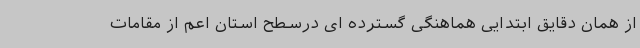
از همان دقایق ابتدایی هماهنگی گسترده ای درسطح استان اعم از مقامات